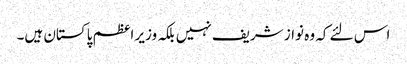
اس لئے کہ وہ نواز شریف نہیں بلکہ وزیر اعظم پاکستان ہیں۔